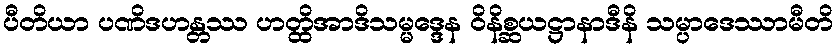
ပီတိယာ ပဏိဒဟန္တဿ ဟတ္ထိအာဒိသမ္မဒ္ဒေန ဝိနိစ္ဆယဋ္ဌာနာဒီနိ သမ္ပာဒေဿာမီတိ